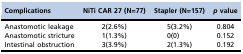
<table><thead><tr><td><b>Complications</b></td><td><b>NiTi CAR 27 (N=77)</b></td><td><b>Stapler (N=157)</b></td><td><b><i>p</i> value</b></td></tr></thead><tbody><tr><td>Anastomotic leakage</td><td>2(2.6%)</td><td>5(3.2%)</td><td>0.804</td></tr><tr><td>Anastomotic stricture</td><td>1(1.3%)</td><td>0(0)</td><td>0.152</td></tr><tr><td>Intestinal obstruction</td><td>3(3.9%)</td><td>2(1.3%)</td><td>0.192</td></tr></tbody></table>